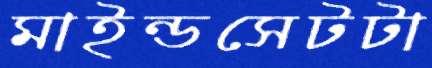
মাইন্ডসেটটা